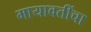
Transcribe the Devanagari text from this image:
मायावतींचा